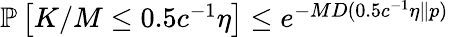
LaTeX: \begin{array}{r}{\mathbb{P}\left[K/M\le 0.5c^{-1}\eta\right]\le e^{-MD(0.5c^{-1}\eta\| p)}}\end{array}